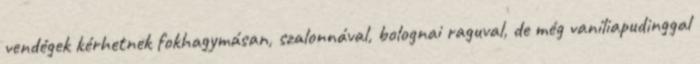
vendégek kérhetnek fokhagymásan, szalonnával, bolognai raguval, de még vaníliapudinggal